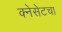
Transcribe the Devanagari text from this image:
क्नेसेटचा